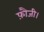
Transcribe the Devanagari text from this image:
फ़ौजी।